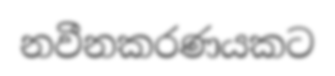
නවීනකරණයකට